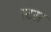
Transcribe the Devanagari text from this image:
स्टरर